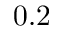
0 . 2